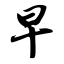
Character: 早